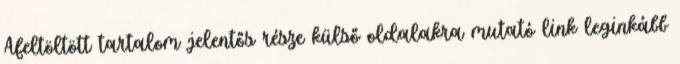
Afeltöltött tartalom jelentős része külső oldalakra mutató link leginkább